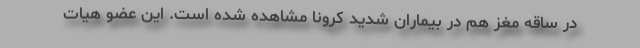
در ساقه مغز هم در بیماران شدید کرونا مشاهده شده است. این عضو هیات